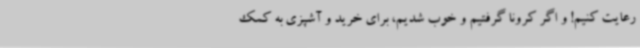
رعایت کنیم! و اگر کرونا گرفتیم و خوب شدیم، برای خرید و آشپزی به کمک